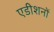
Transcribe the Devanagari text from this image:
एडीशनों